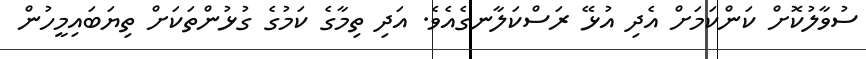
ސުވާލުކޮށް ކަންކަމަށް އެދި އުޅޭ ރަސްކަލާނގެއެވެ. އަދި ތިމާގެ ކަމުގެ ގުޅުންތަކަށް ތިޔަބައިމީހުން